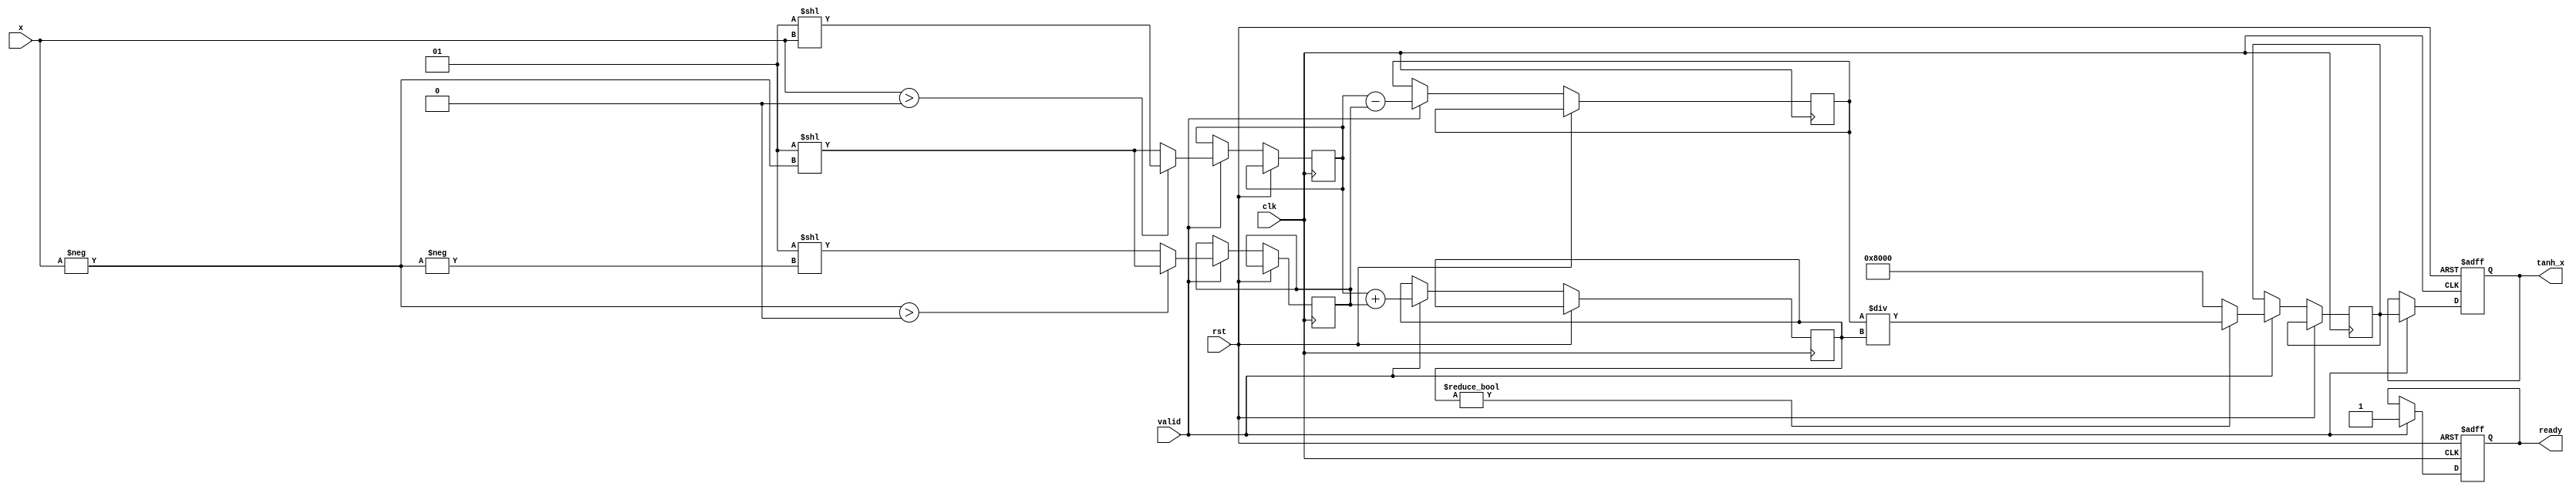
module tanh_calculator #(
    parameter DATA_WIDTH = 16
)(
    input wire [DATA_WIDTH-1:0] x,          // Input value x
    output reg [DATA_WIDTH-1:0] tanh_x,     // Output value tanh(x)
    input wire clk,
    input wire rst,
    input wire valid,
    output reg ready
);

    reg [DATA_WIDTH-1:0] exp_x;              // e^x
    reg [DATA_WIDTH-1:0] exp_neg_x;          // e^(-x)
    reg [DATA_WIDTH-1:0] numerator;           // e^x - e^(-x)
    reg [DATA_WIDTH-1:0] denominator;         // e^x + e^(-x)
    reg [DATA_WIDTH-1:0] result;              // Result of tanh calculation

    // Simple exponential approximation (for illustration)
    function [DATA_WIDTH-1:0] exp_approx;
        input [DATA_WIDTH-1:0] val;
        // Example: Simple lookup or approximation logic
        begin
            // This is a placeholder. An actual implementation would
            // require a more sophisticated method for calculating e^x.
            exp_approx = (val > 0) ? (1 << val) : (1 << -val);
        end
    endfunction

    always @(posedge clk or posedge rst) begin
        if (rst) begin
            tanh_x <= 0;
            ready <= 1;
        end else if (valid) begin
            // Calculate e^x and e^(-x)
            exp_x <= exp_approx(x);
            exp_neg_x <= exp_approx(-x);

            // Calculate numerator and denominator
            numerator <= exp_x - exp_neg_x;
            denominator <= exp_x + exp_neg_x;

            // Calculate tanh(x)
            if (denominator != 0) begin
                result <= numerator / denominator; // Simple division
            end else begin
                result <= (x > 0) ? (1 << (DATA_WIDTH-1)) : (-(1 << (DATA_WIDTH-1)));
            end

            // Output the result
            tanh_x <= result;
            ready <= 1; // Indicate that the result is ready
        end
    end

endmodule